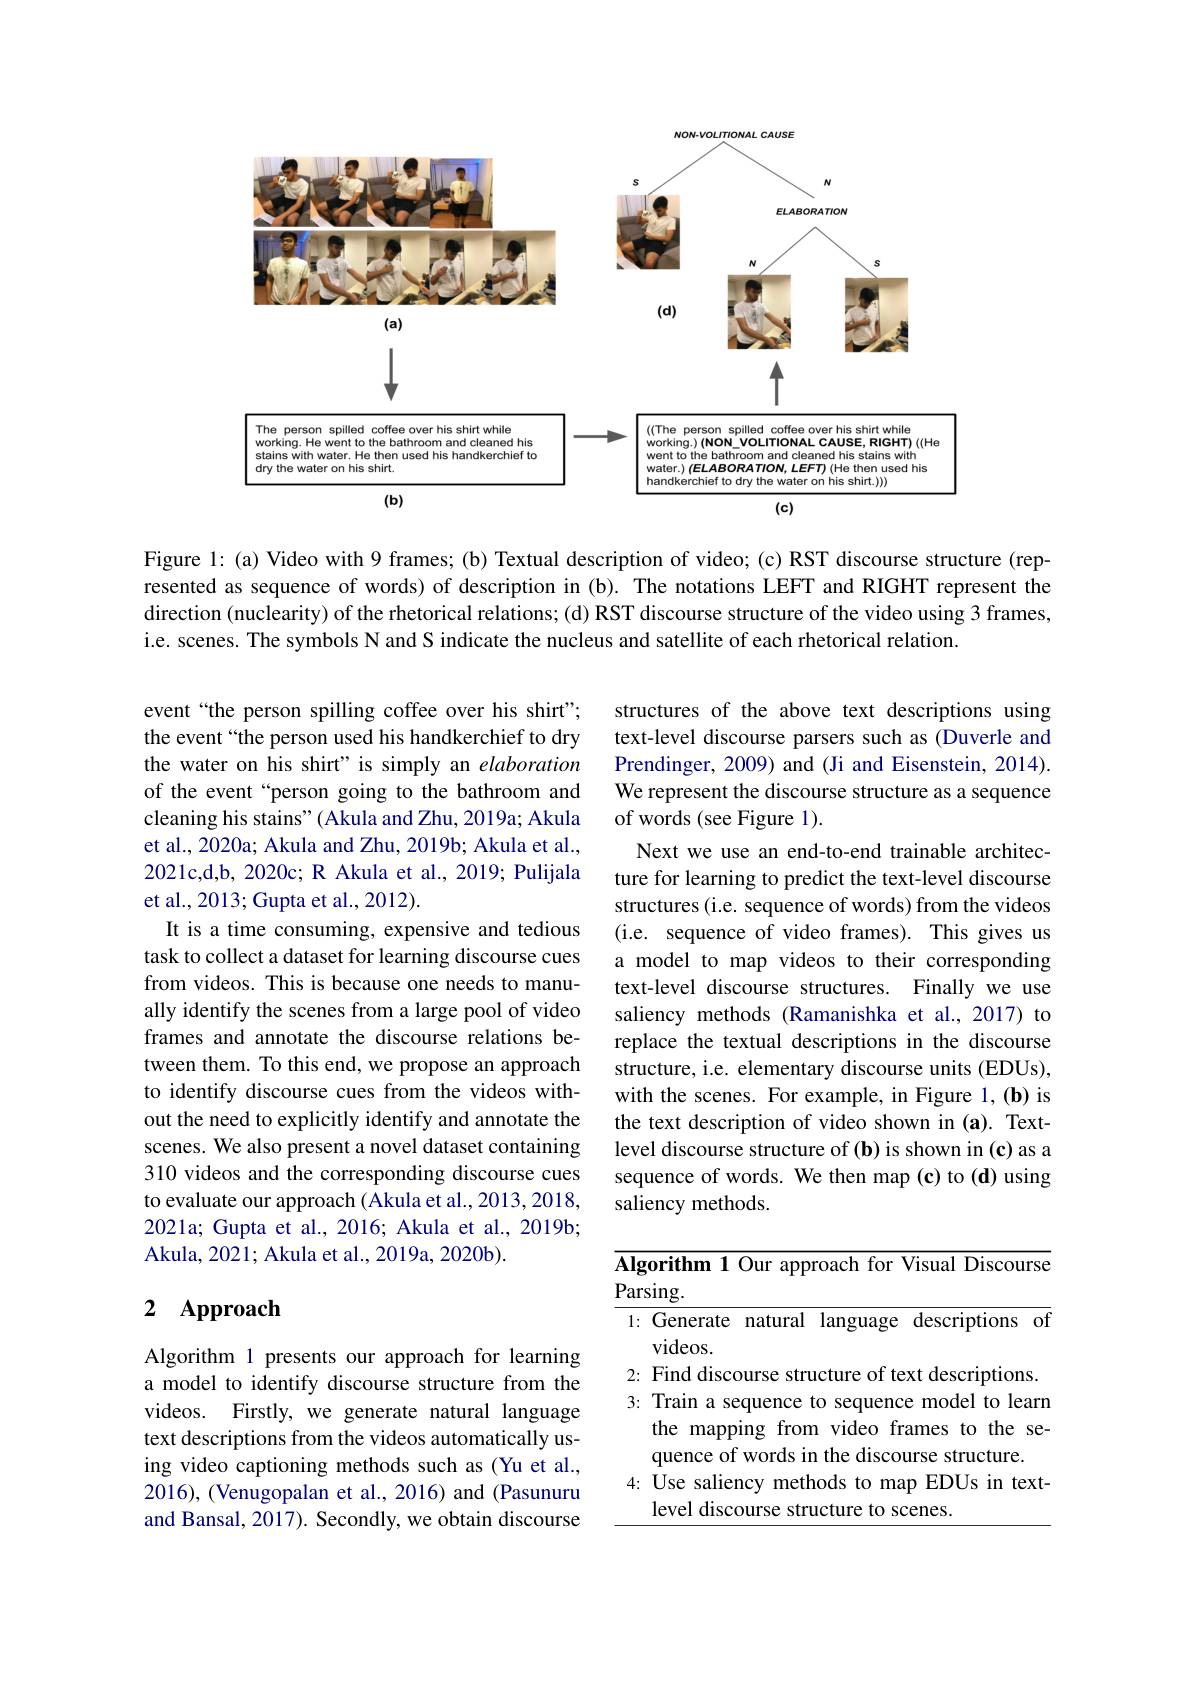
<FigureHere>

Figure 1: (a) Video with 9 frames; (b) Textual description of video; (c) RST discourse structure (represented as sequence of words) of description in (b). The notations LEFT and RIGHT represent the direction (nuclearity) of the rhetorical relations; (d) RST discourse structure of the video using 3 frames, i.e. scenes. The symbols N and S indicate the nucleus and satellite of each rhetorical relation.

structures of the above text descriptions using text-level discourse parsers such as (Duverle and Prendinger, 2009) and (Ji and Eisenstein, 2014). We represent the discourse structure as a sequence of words (see Figure 1).
Next we use an end-to-end trainable architecture for learning to predict the text-level discourse structures (i.e. sequence of words) from the videos (i.e. sequence of video frames). This gives us a model to map videos to their corresponding text-level discourse structures. Finally we use saliency methods (Ramanishka et al.,2017) to replace the textual descriptions in the discourse structure, i.e. elementary discourse units (EDUs), with the scenes. For example, in Figure 1,(b) is the text description of video shown in (a). Textlevel discourse structure of (b) is shown in (c) as a sequence of words. We then map (c) to (d) using saliency methods.

event“the person spilling coffee over his shirt" the event“the person used his handkerchief to dry the water on his shirt" is simply an elaboration of the event“person going to the bathroom and cleaning his stains" (Akula and Zhu, 2019a; Akula et al., 2020a; Akula and Zhu, 2019b; Akula et al., 2021c,d,b, 2020c; R Akula et al., 2019; Pulijala et al., 2013; Gupta et al., 2012).
It is a time consuming, expensive and tedious task to collect a dataset for learning discourse cues from videos. This is because one needs to manually identify the scenes from a large pool of video frames and annotate the discourse relations between them. To this end, we propose an approach to identify discourse cues from the videos without the need to explicitly identify and annotate the scenes. We also present a novel dataset containing 310 videos and the corresponding discourse cues to evaluate our approach (Akula et al., 2013, 2018, 2021a; Gupta et al., 2016; Akula et al., 2019b; Akula, 2021; Akula et al., 2019a, 2020b).

# 2 Approach

<table>
	<tbody>
		<tr>
			<td>1: Generate videos. </td>
			<td>Generate natural language descriptions of $ideos.$</td>
		</tr>
	</tbody>
</table>

Algorithm 1 presents our approach for learning a model to identify discourse structure from the videos. Firstly, we generate natural language text descriptions from the videos automatically using video captioning methods such as (Yu et al., 2016), (Venugopalan et al., 2016) and (Pasunuru and Bansal, 2017). Secondly, we obtain discourse